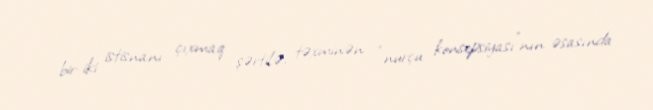
bir-iki istisnanı çıxmaq şərtilə, təxminən “nurçu konsepsiyası”nın əsasında